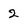
Character: 2